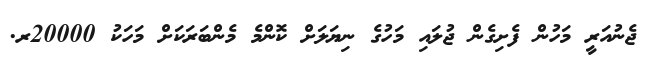
ޖެނުއަރީ މަހުން ފެށިގެން ޖުލައި މަހުގެ ނިޔަލަށް ކޮންމެ މެންބަރަކަށް މަހަކު 20000ރ.